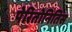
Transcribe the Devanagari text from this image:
पेरितोनितिस